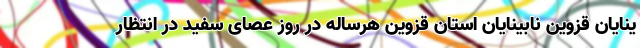
ینایان قزوین نابینایان استان قزوین هرساله در روز عصای سفید در انتظار